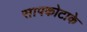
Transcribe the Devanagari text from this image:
सापकोटाके